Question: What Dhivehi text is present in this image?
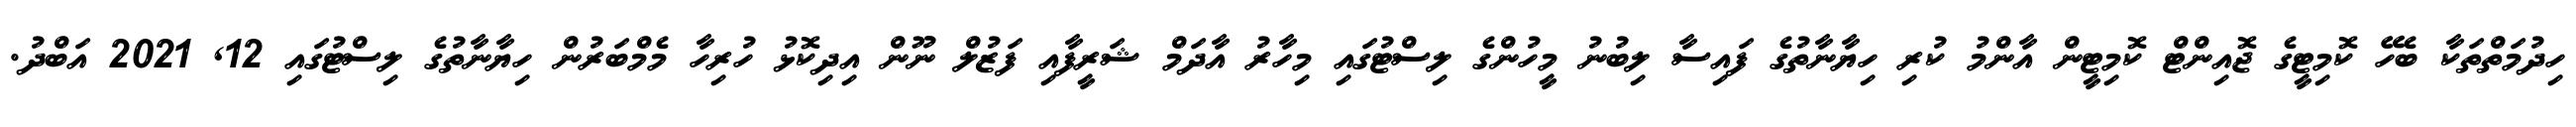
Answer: ހިދުމަތްތަކާ ބެހޭ ކޮމިޓީގެ ޖޮއިންޓް ކޮމިޓީން އާންމު ކުރި ހިޔާނާތުގެ ފައިސާ ލިބުނު މީހުންގެ ލިސްޓުގައި މިހާރު އާދަމް ޝަރީފާއި ފަޒުލް ނޫން އިދިކޮޅު ހުރިހާ މެމްބަރުން ހިޔާނާތުގެ ލިސްޓުގައި 12, 2021 އަބްދު.